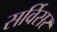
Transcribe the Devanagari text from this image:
सर्विसर